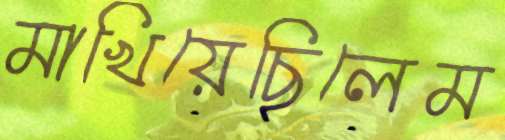
মাখিয়েছিলেম